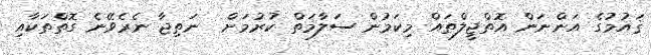
ޤައުމުގެ އަންނަން އޮތްޖީލްތައް މިކަމުން ސަލާމަތް ކުރުމަށް  ނަތިޖާ ނެރެވޭނެ ގޮތްތަކާއި